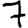
Digit: 7